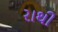
રાથી